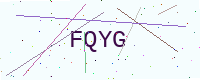
Text: FQYG